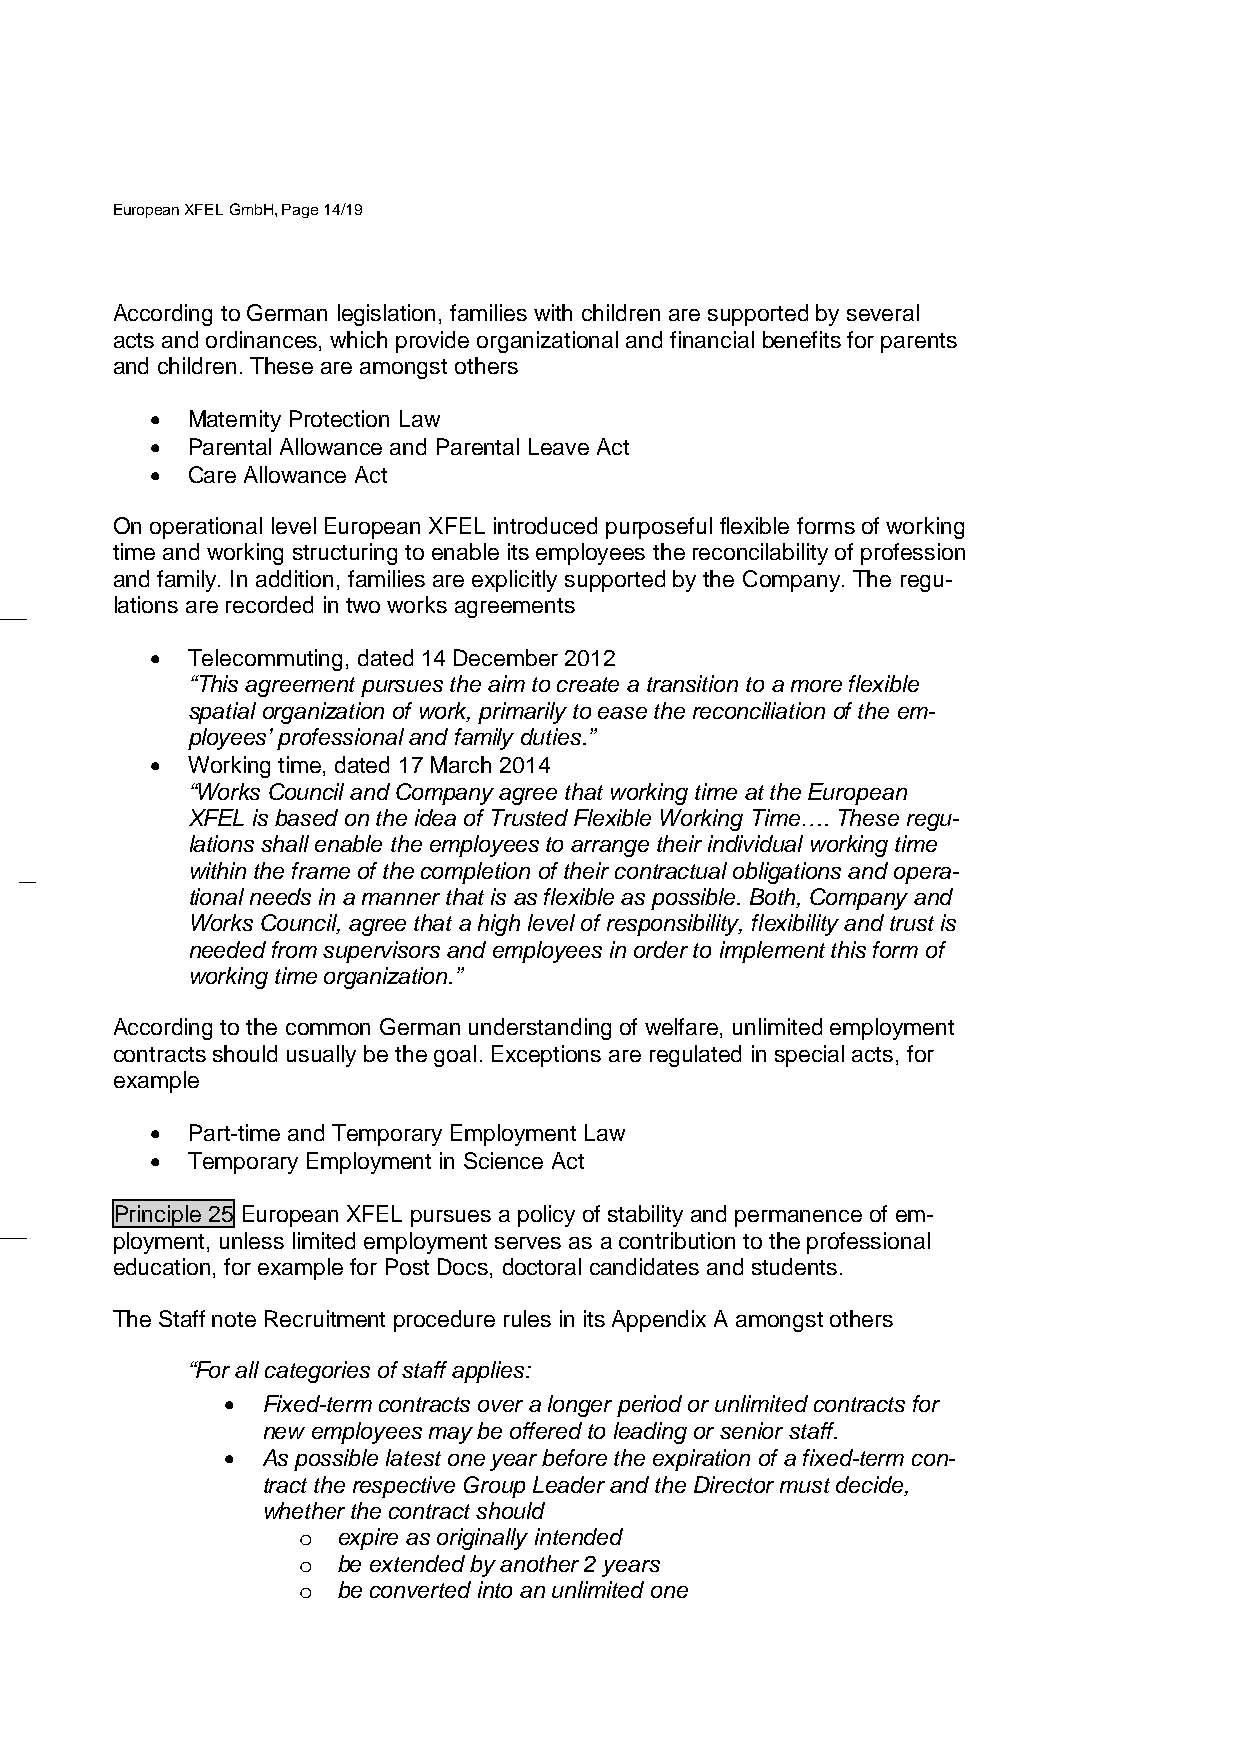
European XFEL GmbH, Page 14/19
 According to German legislation, families with children are supported by several
 acts and ordinances, which provide organizational and financial benefits for parents
 and children. These are amongst others
 • Maternity Protection Law
 • Parental Allowance and Parental Leave Act
 • Care Allowance Act
 On operational level European XFEL introduced purposeful flexible forms of working
 time and working structuring to enable its employees the reconcilability of profession
 and family. In addition, families are explicitly supported by the Company. The regu-
 lations are recorded in two works agreements
 • Telecommuting, dated 14 December 2012
 “This agreement pursues the aim to create a transition to a more flexible
 spatial organization of work, primarily to ease the reconciliation of the em-
 ployees’ professional and family duties.”
 • Working time, dated 17 March 2014
 “Works Council and Company agree that working time at the European
 XFEL is based on the idea of Trusted Flexible Working Time…. These regu-
 lations shall enable the employees to arrange their individual working time
 within the frame of the completion of their contractual obligations and opera-
 tional needs in a manner that is as flexible as possible. Both, Company and
 Works Council, agree that a high level of responsibility, flexibility and trust is
 needed from supervisors and employees in order to implement this form of
 working time organization.”
 According to the common German understanding of welfare, unlimited employment
 contracts should usually be the goal. Exceptions are regulated in special acts, for
 example
 • Part-time and Temporary Employment Law
 • Temporary Employment in Science Act
 Principle 25 European XFEL pursues a policy of stability and permanence of em-
 ployment, unless limited employment serves as a contribution to the professional
 education, for example for Post Docs, doctoral candidates and students.
 The Staff note Recruitment procedure rules in its Appendix A amongst others
 “For all categories of staff applies:
 • Fixed-term contracts over a longer period or unlimited contracts for
 new employees may be offered to leading or senior staff.
 • As possible latest one year before the expiration of a fixed-term con-
 tract the respective Group Leader and the Director must decide,
 whether the contract should
 expire as originally intended
 o
 be extended by another 2 years
 o
 be converted into an unlimited one
 o